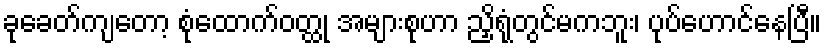
ခုခေတ်ကျတော့ စုံထောက်ဝတ္ထု အများစုဟာ ညှိရုံတွင်မကဘူး၊ ပုပ်ဟောင်နေပြီ။